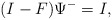
\begin{align*}(I-F)\Psi^-=I,\end{align*}